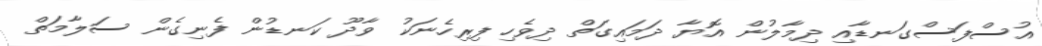
އުސްފަސްގަނޑާއި ދިމާލުން އޮޔާ ދަމައިގަތް ދިވެހި ފިރިހެނަކު ވާދޫ ކަނޑުން ފެނިގެން ސަލާމަތް